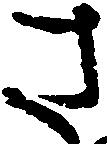
さ